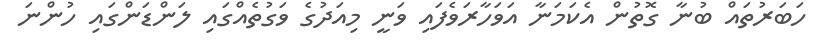
ހަބަރުތައް ބުނާ ގޮތުން އެކަމަނާ އަވަހާރަވެފައި ވަނީ މިއަދުގެ ވަގުތެއްގައި ލަންޑަންގައި ހުންނަ